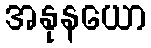
အနုနယော